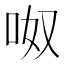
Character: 呶